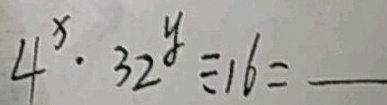
4 ^ { x } \cdot 3 2 ^ { y } \div 1 6 =